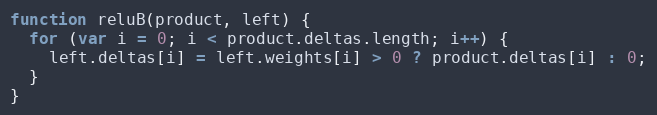
Language: JavaScript
function reluB(product, left) {
  for (var i = 0; i < product.deltas.length; i++) {
    left.deltas[i] = left.weights[i] > 0 ? product.deltas[i] : 0;
  }
}